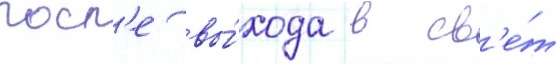
посл'е вы́хода в св'е́т